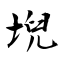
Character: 堄